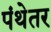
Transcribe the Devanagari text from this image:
पंथेतर